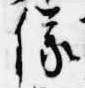
儀